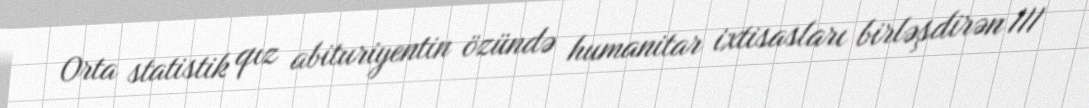
Orta statistik qız abituriyentin özündə humanitar ixtisasları birləşdirən III